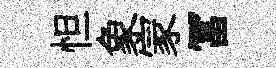
怛象冡冨